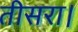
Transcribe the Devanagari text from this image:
तीसरा।